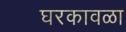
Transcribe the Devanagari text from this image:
घरकावळा